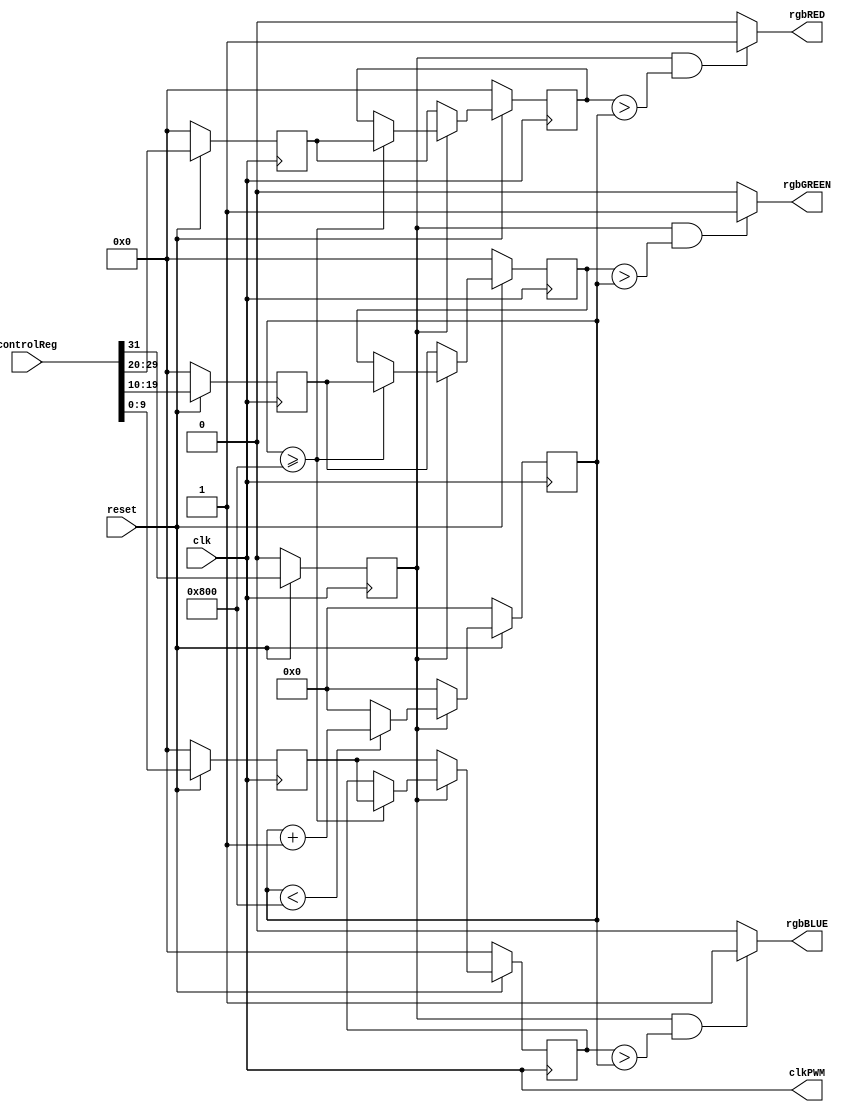
/**
 * rgbPWM_r2.v - Implements a 3-channel PWM circuit to control an RGB LED
 *
 * @author		Roy Kravitz (roy.kravitz@pdx.edu)
 * @date		14-December 2022
 *
 * Implements a 3 channel PWM circuit targeted for a Microblaze MCS embedded system.
 * The implementation, as written, is configured to be included in
 * a Microblaze MCS system using one of the GPO's to hold the duty
 * cycles for the three LED segments and an enable bit.   
 *
 * The PWM clock can be provided two ways.  First is to connect the system clock on the clock
 * input and select the clock divider input.  The second way is to bring a clock from a FIT timer
 * or programmable timer that directly controls the PWM clock.
 *
 * The design is loosely based on Digilent's PWM_v2_0 circuit
 *
 * @note This version of the design assigns the duty cycle to 1 when enable is deasserted.  The
 * PWM Analyzer cannot analyze a 0% duty cycle
 *
 * @note	The design is implemented in Verilog 2001 instead of
 * SystemVerilog because Vivado does not directly support
 * inclusion of SystemVerilog modules as RTL modules in the IP Integrator.
 * A workaround would be to develop the RTL modules in SystemVerilog and then
 * wrap them in a Verilog 2001 "wrapper." 
 */
 module rgbPWM
#(
	parameter USE_DIVIDER = 1'b0,	// 1 to enable clock divider.  0 to provide a direct lcok
	parameter DIVIDE_COUNT = 500,	// Clock divider terminal count
	
	parameter POLARITY = 1'b1,		// 1 to drive PWM output high when active.  0 to invert the PWM output
	parameter MAX_COUNT = 2048		// maximum count for the PWM counters
)
(
	input wire 			clk,			// input clock	
	input wire 			reset,			// reset signal - asserted LOW to reset circuit
	input wire [31:0]	controlReg,		// control register - duty cycle and enable bit
	
	// PWM outputs
	output wire rgbRED,
	output wire rgbGREEN,
	output wire rgbBLUE,
	// PWM counter clock (a debug signal)
	output wire clkPWM
);

reg [9:0]	redDC, greenDC, blueDC;						// red, green, and blue duty cycles from ControlReg
reg [9:0]	redDC_latch, greenDC_latch, blueDC_latch;	// latched duty cycle registers
reg			enable;										// enable RGB outputs - only 1 for all 3 outputs
reg [31:0]	count;										// period counter
reg [31:0]  div_count;
reg			div_out;									// ouput of clock divider


// input clock divider
always @(posedge clk) begin
	if (~reset) begin
		div_count <= 32'd0;
		div_out <= 1'b0;
	end else begin
		div_count <= div_count + 1'b1;
		if (div_count >= DIVIDE_COUNT) begin
			div_out <= ~div_out;
			div_count <= 32'd0;
		end
	end
end // clock divider

// PWM Counter clock mux 
assign clkPWM = USE_DIVIDER ? div_out : clk;

// generate/latch the duty cycle and enable from the control register
always @(posedge clkPWM) begin
	if (~reset) begin
		blueDC <= 10'd0;
		greenDC <= 10'd0;
		redDC <= 10'd0;
		enable <= 1'b0;
	end
	else begin
		blueDC <= controlReg[9:0];
		greenDC <= controlReg[19:10];
		redDC <= controlReg[29:20];
		enable <= controlReg[31];
	end
end //generate/latch duty cycle and enable

// PWM period counter
always @(posedge clkPWM) begin
	if (~reset) begin
		count <= 32'd0;
	end
	else begin
		if (enable) begin
			count = (count < MAX_COUNT) ? count + 1'b1 : 32'd0;
		end
        else begin
            count= 32'd0;
        end
    end
end // PWM period counter

// latch the duty cycle register so they only change on PWM count boundaries
always @(posedge clkPWM)begin
    if (~reset) begin
		blueDC_latch <= 10'd0;
		greenDC_latch <= 10'd0;
		redDC_latch <= 10'd0;
	end
	else begin
		if (enable) begin
			if (count >= MAX_COUNT) begin
                    blueDC_latch <= blueDC;
					greenDC_latch <= greenDC;
					redDC_latch <= redDC;
            end
        end
        else begin
			blueDC_latch <= blueDC;
			greenDC_latch <= greenDC;
			redDC_latch <= redDC;
		end
	end
end // latch duty cycle registers

// generate the PWM outputs
assign rgbRED = (enable && (redDC_latch > count)) ? POLARITY : ~POLARITY;
assign rgbGREEN = (enable && (greenDC_latch > count)) ? POLARITY : ~POLARITY;
assign rgbBLUE = (enable && (blueDC_latch > count)) ? POLARITY : ~POLARITY;

endmodule